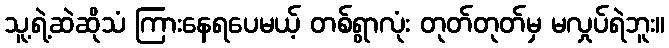
သူ့ရဲ့ဆဲဆိုသံ ကြားနေရပေမယ့် တစ်ရွာလုံး တုတ်တုတ်မှ မလှုပ်ရဲဘူး။